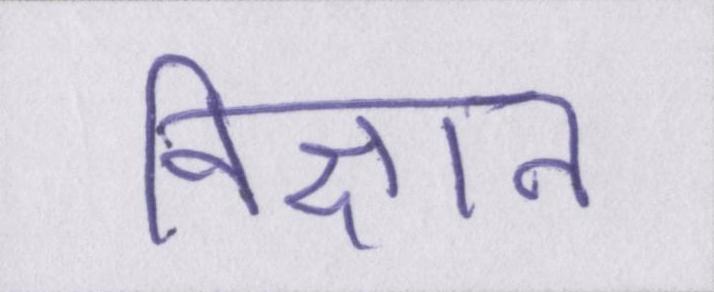
विज्ञान